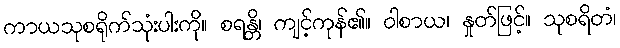
ကာယသုစရိုက်သုံးပါးကို။ စရန္တိ၊ ကျင့်ကုန်၏။ ဝါစာယ၊ နှုတ်ဖြင့်။ သုစရိတံ၊